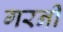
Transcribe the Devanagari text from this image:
गरनी